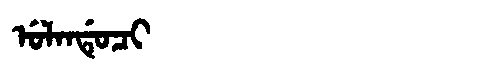
Manchu: ᡠᠯᠠᠨᡩᡠᠴᡳ
Romanization: ULANDUCI